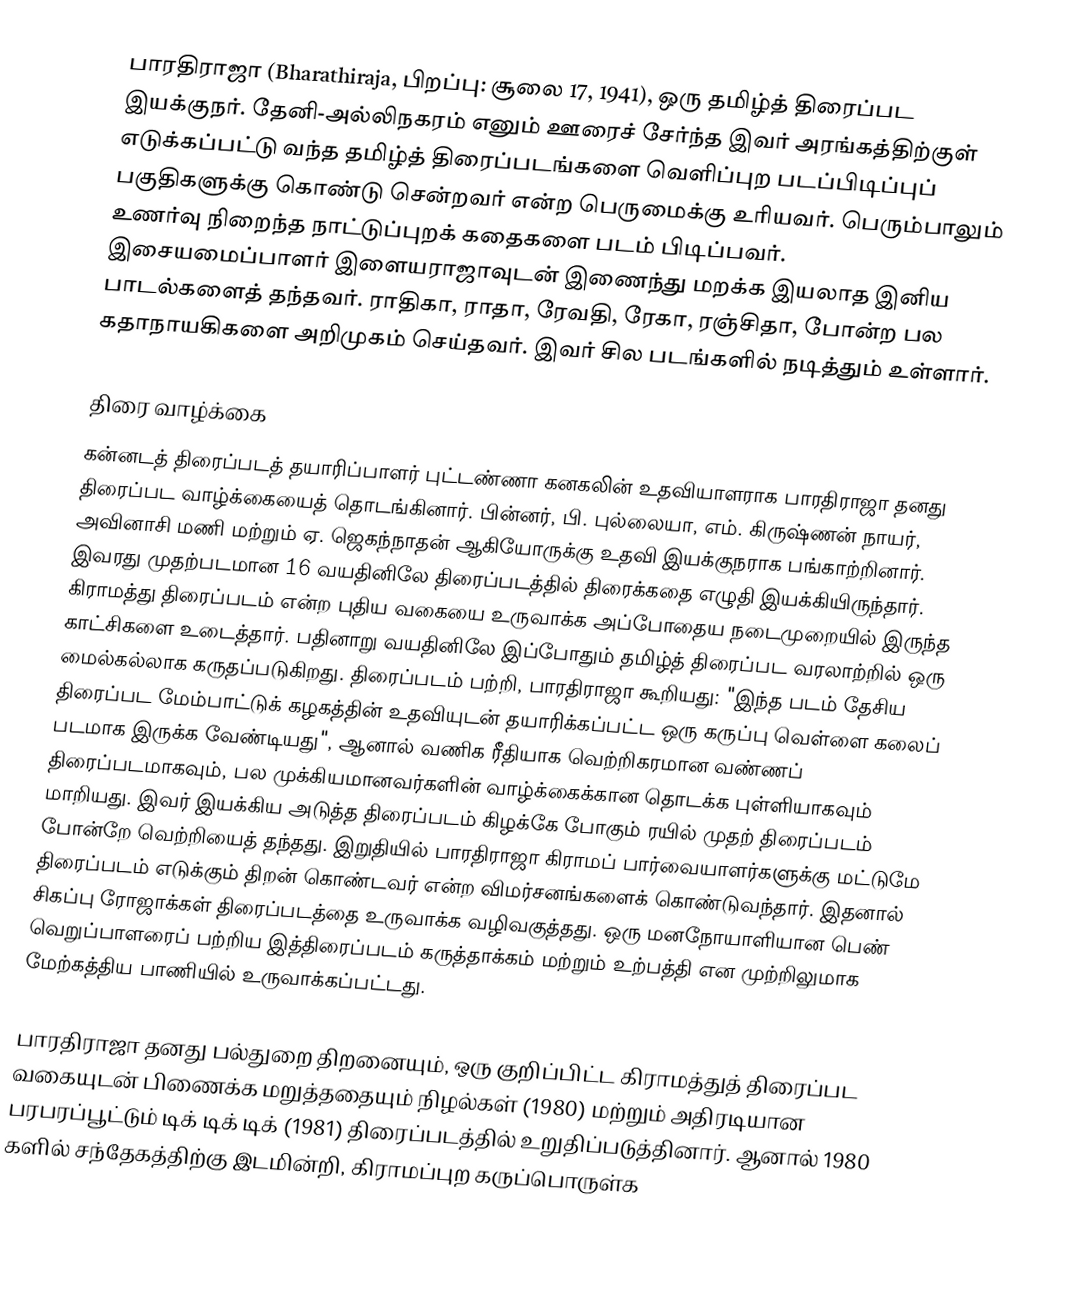
பாரதிராஜா (Bharathiraja, பிறப்பு: சூலை 17, 1941), ஒரு தமிழ்த் திரைப்பட இயக்குநர். தேனி-அல்லிநகரம் எனும் ஊரைச் சேர்ந்த இவர் அரங்கத்திற்குள் எடுக்கப்பட்டு வந்த தமிழ்த் திரைப்படங்களை வெளிப்புற படப்பிடிப்புப் பகுதிகளுக்கு கொண்டு சென்றவர் என்ற பெருமைக்கு உரியவர். பெரும்பாலும் உணர்வு நிறைந்த நாட்டுப்புறக் கதைகளை படம் பிடிப்பவர். இசையமைப்பாளர் இளையராஜாவுடன் இணைந்து மறக்க இயலாத இனிய பாடல்களைத் தந்தவர். ராதிகா, ராதா, ரேவதி, ரேகா, ரஞ்சிதா, போன்ற பல கதாநாயகிகளை அறிமுகம் செய்தவர். இவர் சில படங்களில் நடித்தும் உள்ளார்.

திரை வாழ்க்கை
கன்னடத் திரைப்படத் தயாரிப்பாளர் புட்டண்ணா கனகலின் உதவியாளராக பாரதிராஜா தனது திரைப்பட வாழ்க்கையைத் தொடங்கினார். பின்னர், பி. புல்லையா, எம். கிருஷ்ணன் நாயர், அவினாசி மணி மற்றும் ஏ. ஜெகந்நாதன் ஆகியோருக்கு உதவி இயக்குநராக பங்காற்றினார். இவரது முதற்படமான 16 வயதினிலே திரைப்படத்தில் திரைக்கதை எழுதி இயக்கியிருந்தார். கிராமத்து திரைப்படம் என்ற புதிய வகையை உருவாக்க அப்போதைய நடைமுறையில் இருந்த  காட்சிகளை உடைத்தார். பதினாறு வயதினிலே இப்போதும் தமிழ்த் திரைப்பட வரலாற்றில் ஒரு மைல்கல்லாக கருதப்படுகிறது. திரைப்படம் பற்றி, பாரதிராஜா கூறியது: "இந்த படம் தேசிய திரைப்பட மேம்பாட்டுக் கழகத்தின் உதவியுடன் தயாரிக்கப்பட்ட ஒரு கருப்பு  வெள்ளை கலைப் படமாக இருக்க வேண்டியது", ஆனால் வணிக ரீதியாக வெற்றிகரமான வண்ணப் திரைப்படமாகவும், பல முக்கியமானவர்களின் வாழ்க்கைக்கான தொடக்க புள்ளியாகவும் மாறியது. இவர் இயக்கிய அடுத்த திரைப்படம் கிழக்கே போகும் ரயில் முதற் திரைப்படம் போன்றே வெற்றியைத் தந்தது. இறுதியில் பாரதிராஜா கிராமப் பார்வையாளர்களுக்கு மட்டுமே  திரைப்படம் எடுக்கும் திறன் கொண்டவர் என்ற விமர்சனங்களைக் கொண்டுவந்தார். இதனால் சிகப்பு ரோஜாக்கள் திரைப்படத்தை உருவாக்க வழிவகுத்தது. ஒரு மனநோயாளியான பெண் வெறுப்பாளரைப் பற்றிய இத்திரைப்படம் கருத்தாக்கம் மற்றும் உற்பத்தி என முற்றிலுமாக மேற்கத்திய பாணியில் உருவாக்கப்பட்டது.

பாரதிராஜா தனது பல்துறை திறனையும், ஒரு குறிப்பிட்ட கிராமத்துத் திரைப்பட வகையுடன் பிணைக்க மறுத்ததையும்  நிழல்கள் (1980) மற்றும் அதிரடியான பரபரப்பூட்டும் டிக் டிக் டிக் (1981) திரைப்படத்தில் உறுதிப்படுத்தினார். ஆனால் 1980 களில் சந்தேகத்திற்கு இடமின்றி, கிராமப்புற கருப்பொருள்க